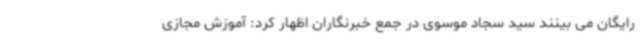
رایگان می بینند سید سجاد موسوی در جمع خبرنگاران اظهار کرد: آموزش مجازی